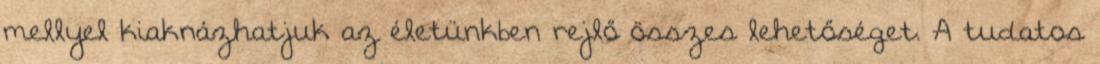
mellyel kiaknázhatjuk az életünkben rejlő összes lehetőséget. A tudatos